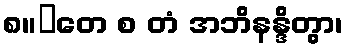
၈။	တေ စ တံ အဘိနန္ဒိတွာ၊